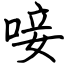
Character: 唼